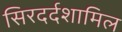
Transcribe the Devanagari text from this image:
सिरदर्दशामिल